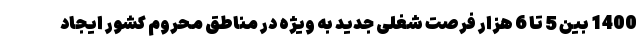
1400 بین 5 تا 6 هزار فرصت شغلی جدید به ویژه در مناطق محروم کشور ایجاد